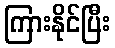
ကြားနိုင်ပြီး